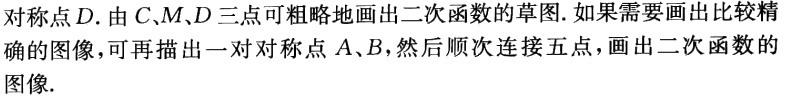
对称点\(D\). 由\(C、M、D\)三点可粗略地画出二次函数的草图. 如果需要画出比较精确的图像，可再描出一对对称点\(A、B\)，然后顺次连接五点，画出二次函数的图像.